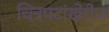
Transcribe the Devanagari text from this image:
चित्रपटांखेरीज